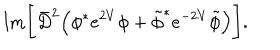
\mathrm { I m } \Bigg [ \bar { D } ^ { 2 } \Big ( \phi ^ { * } e ^ { 2 V } \phi + \tilde { \phi } ^ { * } e ^ { - 2 V } \tilde { \phi } \Big ) \Bigg ] .